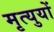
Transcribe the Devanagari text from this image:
मृत्युयों